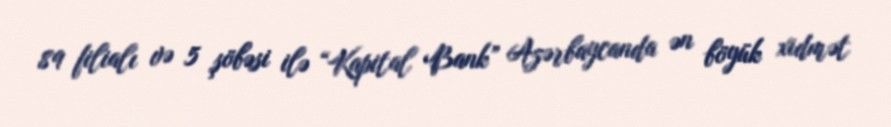
89 filialı və 5 şöbəsi ilə “Kapital Bank” Azərbaycanda ən böyük xidmət